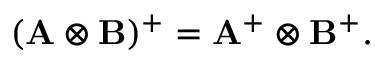
( \mathbf { A } \otimes \mathbf { B } ) ^ { + } = \mathbf { A } ^ { + } \otimes \mathbf { B } ^ { + } .